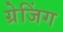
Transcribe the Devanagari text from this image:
ग्रेजिंग